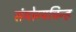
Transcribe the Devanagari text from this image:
संयोग्यचिन्ह